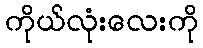
ကိုယ်လုံးလေးကို